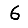
Digit: 6